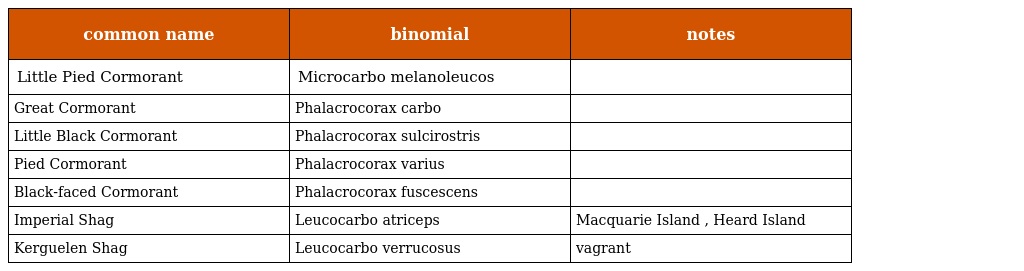
| common name | binomial | notes |
 | --- | --- | --- |
 | Little Pied Cormorant | Microcarbo melanoleucos |  |
 | Great Cormorant | Phalacrocorax carbo |  |
 | Little Black Cormorant | Phalacrocorax sulcirostris |  |
 | Pied Cormorant | Phalacrocorax varius |  |
 | Black-faced Cormorant | Phalacrocorax fuscescens |  |
 | Imperial Shag | Leucocarbo atriceps | Macquarie Island , Heard Island |
 | Kerguelen Shag | Leucocarbo verrucosus | vagrant |